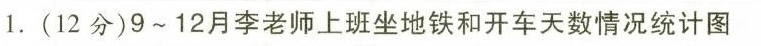
1.(12分)9~12月李老师上班坐地铁和开车天数情况统计图